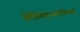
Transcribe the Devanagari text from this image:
पेलियोवनस्पतिशास्त्र